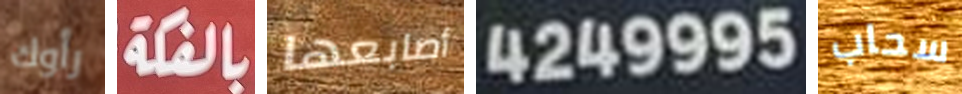
رأوك بالفكة أصابعها 4249995 سحاب